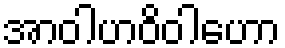
အာဝါဟဝိဝါဟော